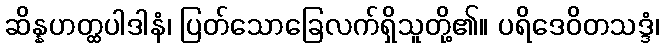
ဆိန္နဟတ္ထပါဒါနံ၊ ပြတ်သောခြေလက်ရှိသူတို့၏။ ပရိဒေဝိတသဒ္ဒံ၊